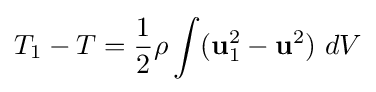
T_{1}-T={\frac {1}{2}}\rho \int (\mathbf {u} _{1}^{2}-\mathbf {u} ^{2})\ dV